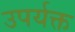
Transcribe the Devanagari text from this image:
उपर्यक्त